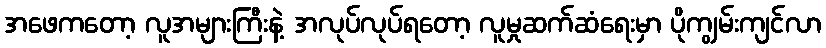
အဖေကတော့ လူအများကြီးနဲ့ အလုပ်လုပ်ရတော့ လူမှုဆက်ဆံရေးမှာ ပိုကျွမ်းကျင်လာ